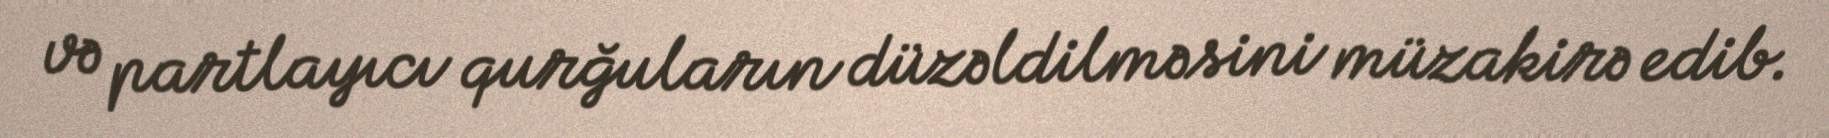
və partlayıcı qurğuların düzəldilməsini müzakirə edib.